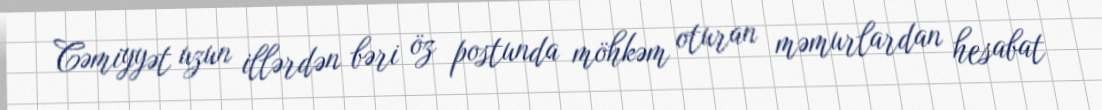
Cəmiyyət uzun illərdən bəri öz postunda möhkəm oturan məmurlardan hesabat